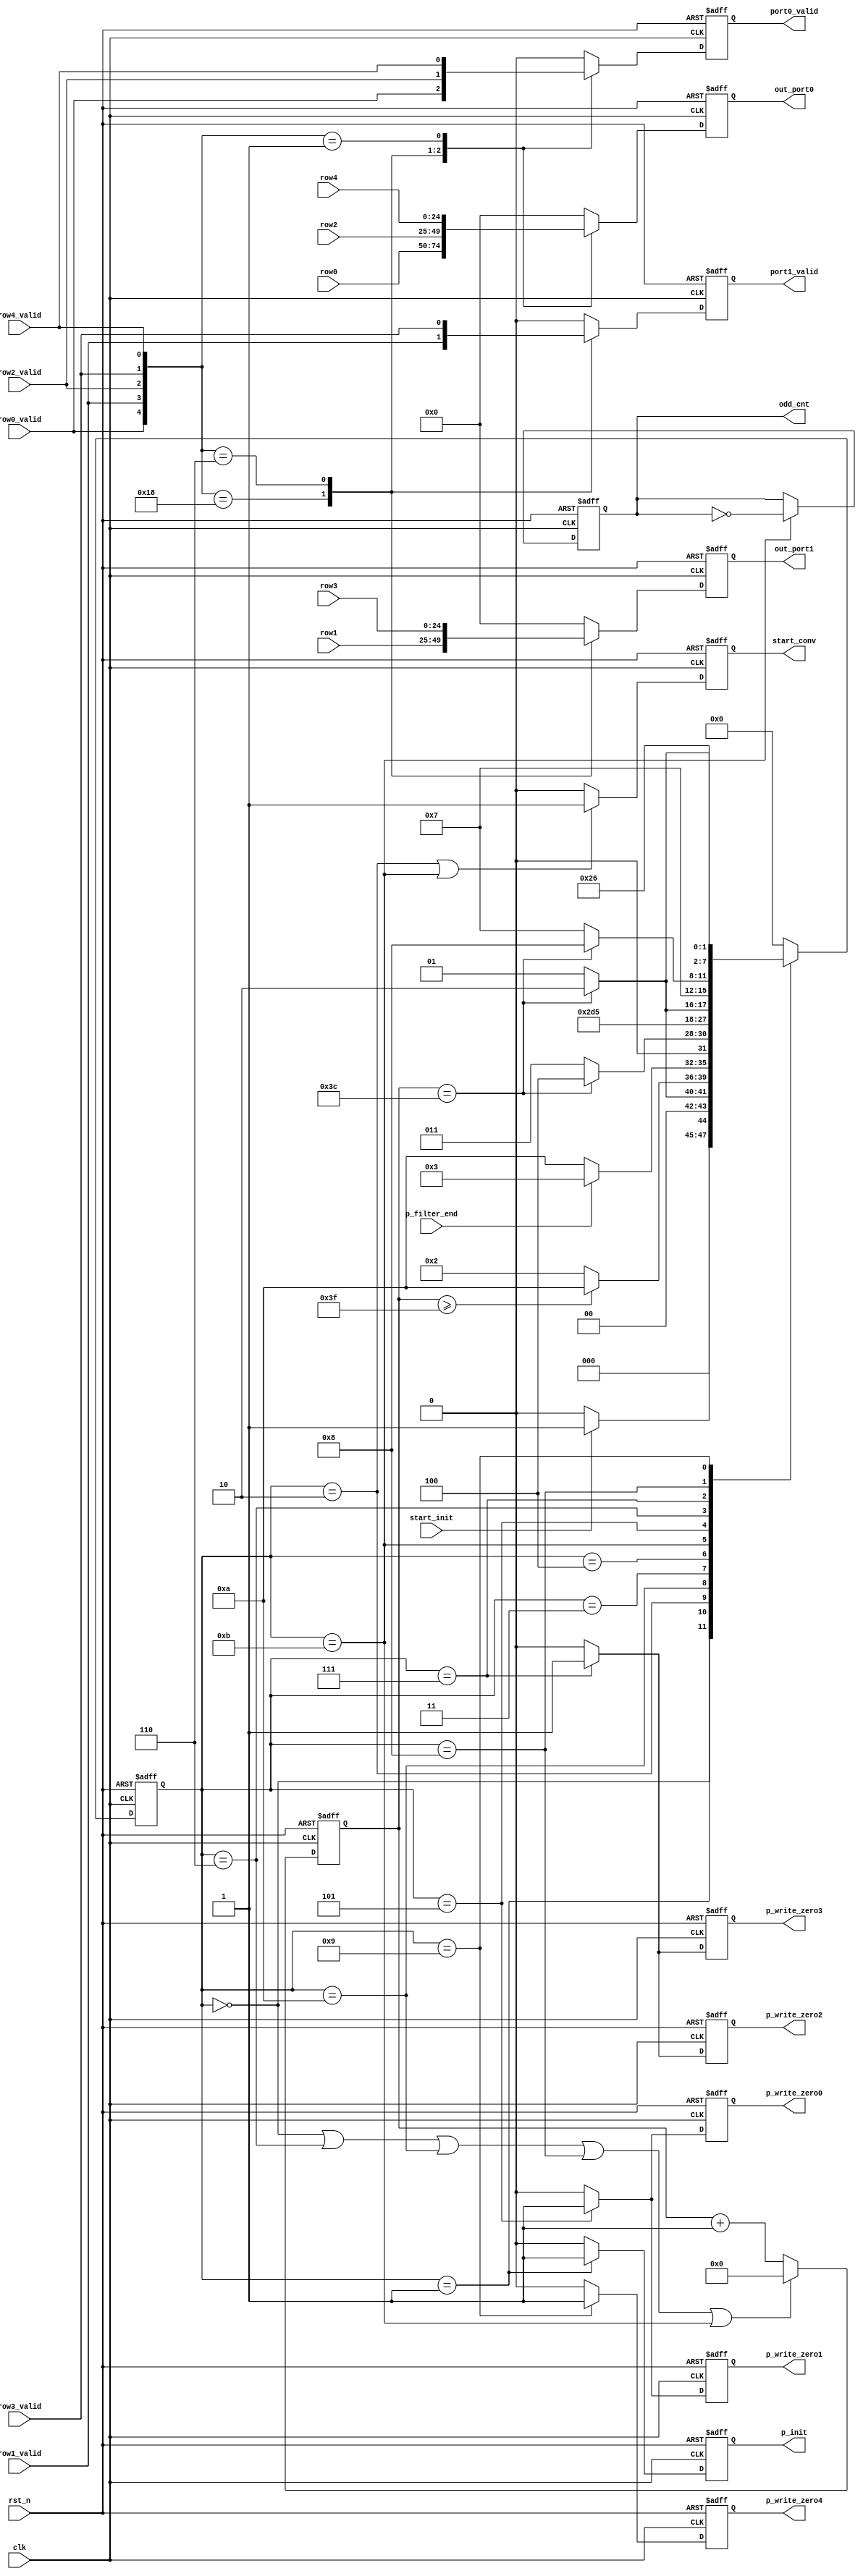
// This program was cloned from: https://github.com/lirui-shanghaitech/CNN-Accelerator-VLSI
// License: Apache License 2.0

///==------------------------------------------------------------------==///
/// Conv kernel: writeback controller
///==------------------------------------------------------------------==///
module WRITE_BACK #(
    parameter data_width = 25,
    parameter depth = 61
) (
    input  clk,
    input  rst_n,
    input  start_init,
    input  p_filter_end,
    input  [data_width-1:0] row0,
    input  row0_valid,
    input  [data_width-1:0] row1,
    input  row1_valid,
    input  [data_width-1:0] row2,
    input  row2_valid,
    input  [data_width-1:0] row3,
    input  row3_valid,
    input  [data_width-1:0] row4,
    input  row4_valid,
    output p_write_zero0,
    output p_write_zero1,
    output p_write_zero2,
    output p_write_zero3,
    output p_write_zero4,
    output p_init,
    output [data_width-1:0] out_port0,
    output [data_width-1:0] out_port1,
    output port0_valid,
    output port1_valid,
    output start_conv,
    output odd_cnt
);
    /// machine state encode
    localparam IDLE         = 4'd0;
    localparam INIT_BUFF    = 4'd1;
    localparam START_CONV   = 4'd2;
    localparam WAIT_ADD     = 4'd3;
    localparam WAIT_WRITE0    = 4'd4;
    localparam ROW_0_1      = 4'd5;
    localparam CLEAR_0_1    = 4'd6;
    localparam ROW_2_3      = 4'd7;
    localparam CLEAR_2_3    = 4'd8;
    localparam ROW_5        = 4'd9;
    localparam CLEAR_START_CONV = 4'd10;
    localparam CLEAR_CNT    = 4'd11;

    // localparam DONE         = 4'b1001;
    /// machine state
    reg [3:0] st_next;
    reg [3:0] st_cur;
    reg [7:0] cnt;
    /// State transfer
    always @(posedge clk or negedge rst_n) begin
        if (!rst_n)
            st_cur <= IDLE;
        else 
            st_cur <= st_next;
    end
    /// Next state logic
    always @(*) begin
        st_next = st_cur;
        case(st_cur)
            IDLE:
                if (start_init)
                    st_next = INIT_BUFF;
                else
                    st_next = IDLE;
            INIT_BUFF:
                if (cnt == depth-1)
                    st_next = START_CONV;
                else
                    st_next = INIT_BUFF;
            START_CONV:
                if (cnt >= depth+2)
                    st_next = CLEAR_START_CONV;
                else 
                    st_next = START_CONV;
            CLEAR_START_CONV:
                if (p_filter_end)
                    st_next = WAIT_ADD;
                else
                    st_next = CLEAR_START_CONV;
            WAIT_ADD:
                if (cnt == depth-1)
                    st_next = WAIT_WRITE0;
                else
                    st_next = WAIT_ADD;
            WAIT_WRITE0:
                st_next = CLEAR_CNT;
            CLEAR_CNT:
                st_next = ROW_0_1;
            ROW_0_1:
                if (cnt == depth-1)
                    st_next = CLEAR_0_1;
                else
                    st_next = ROW_0_1;
            CLEAR_0_1:
                st_next = ROW_2_3;
            ROW_2_3:
                if (cnt == depth-1)
                    st_next = CLEAR_2_3;
                else
                    st_next = ROW_2_3;
            CLEAR_2_3:
                st_next = ROW_5;
            ROW_5:
                if (cnt == depth-1)
                    st_next = CLEAR_START_CONV;
                else
                    st_next = ROW_5;
            // DONE:
            //     st_next = START_CONV;
            default:
                st_next = IDLE;  
        endcase
    end
    /// Output logic
    reg p_write_zero0_r;
    reg p_write_zero1_r;
    reg p_write_zero2_r;
    reg p_write_zero3_r;
    reg p_write_zero4_r;
    reg p_init_r;
    reg [data_width-1:0] out_port0_r;
    reg [data_width-1:0] out_port1_r;
    reg port0_valid_r;
    reg port1_valid_r;
    reg start_conv_r;
    /// Output start conv signal
    always @(posedge clk or negedge rst_n) begin
        if (!rst_n)
            start_conv_r <= 0;
        else if (st_cur == START_CONV || st_cur == CLEAR_CNT)
            start_conv_r <= 1;
        else
            start_conv_r <= 0;
    end
    assign start_conv = start_conv_r;
    /// PingPong buffer controller signal
    reg odd_cnt_r;
    always @(posedge clk or negedge rst_n) begin
        if (!rst_n)
            odd_cnt_r <= 0;
        else if (st_cur == CLEAR_CNT)
            odd_cnt_r <= ~odd_cnt;
        else
            odd_cnt_r <= odd_cnt;
    end
    assign odd_cnt = odd_cnt_r;
    /// Output zero flag signals
    always @(posedge clk or negedge rst_n) begin
        if (!rst_n) begin
            p_write_zero0_r <= 0;
            p_write_zero1_r <= 0;
        end else if (st_cur == ROW_0_1) begin
            p_write_zero0_r <= 1;  
            p_write_zero1_r <= 1;
        end else begin
            p_write_zero0_r <= 0;
            p_write_zero1_r <= 0;
        end
    end
    always @(posedge clk or negedge rst_n) begin
        if (!rst_n) begin
            p_write_zero2_r <= 0;
            p_write_zero3_r <= 0;
        end else if (st_cur == ROW_2_3) begin
            p_write_zero2_r <= 1;  
            p_write_zero3_r <= 1;
        end else begin
            p_write_zero2_r <= 0;
            p_write_zero3_r <= 0;
        end
    end
    always @(posedge clk or negedge rst_n) begin
        if (!rst_n) begin
            p_write_zero4_r <= 0;
        end else if (st_cur == ROW_5) begin
            p_write_zero4_r <= 1;  
        end else begin
            p_write_zero4_r <= 0;
        end
    end
    assign p_write_zero0 = p_write_zero0_r;
    assign p_write_zero1 = p_write_zero1_r;
    assign p_write_zero2 = p_write_zero2_r;
    assign p_write_zero3 = p_write_zero3_r;
    assign p_write_zero4 = p_write_zero4_r;   
    /// Init buffer signal, why this signal? since, at the beginning, the buffer is empty, we only need to
    /// push zero to buffer without read from it, this behaviour is difference from p_write_zerox signals
    always @(posedge clk or negedge rst_n) begin
        if (!rst_n)
            p_init_r <= 0;
        else if (st_cur == INIT_BUFF)
            p_init_r <= 1;
        else
            p_init_r <= 0;
    end
    assign p_init = p_init_r;
    /// Update the cnt
    always @(posedge clk or negedge rst_n) begin
        if (!rst_n)
            cnt <= 0;
        else if (st_cur == IDLE || st_cur == CLEAR_0_1  || st_cur == CLEAR_START_CONV
            || st_cur == CLEAR_2_3 || st_cur == CLEAR_CNT)
            cnt <= 0;
        else 
            cnt <= cnt + 1;
    end
    /// Final result, a big mux
    always @(posedge clk or negedge rst_n) begin
        if (!rst_n) begin
            out_port0_r <= 0;
            out_port1_r <= 0;
            port0_valid_r <= 0;
            port1_valid_r <= 0;
        end else begin
            case({row0_valid, row1_valid, row2_valid, row3_valid, row4_valid})
                5'b11000 : begin
                    out_port0_r <= row0;
                    out_port1_r <= row1;
                    port0_valid_r <= row0_valid;
                    port1_valid_r <= row1_valid;
                end
                5'b00110 : begin
                    out_port0_r <= row2;
                    out_port1_r <= row3;
                    port0_valid_r <= row2_valid;
                    port1_valid_r <= row3_valid;
                end
                5'b00001 : begin
                    out_port0_r <= row4;
                    out_port1_r <= 0;
                    port0_valid_r <= row4_valid;
                    port1_valid_r <= 0;
                end
                default : begin
                    out_port0_r <= 0;
                    out_port1_r <= 0;
                    port0_valid_r <= 0;
                    port1_valid_r <= 0;
                end    
            endcase
        end
    end
    assign out_port0 = out_port0_r;
    assign out_port1 = out_port1_r;
    assign port0_valid = port0_valid_r;
    assign port1_valid = port1_valid_r;
endmodule